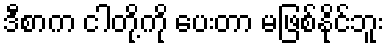
ဒီစာက ငါတို့ကို ပေးတာ မဖြစ်နိုင်ဘူး